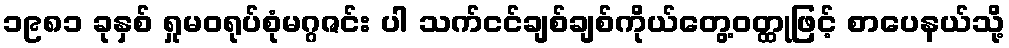
၁၉၈၁ ခုနှစ် ရှုမဝရုပ်စုံမဂ္ဂဇင်း ပါ သက်ငင်ချစ်ချစ်ကိုယ်တွေ့ဝတ္ထုဖြင့် စာပေနယ်သို့